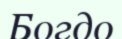
Богдо